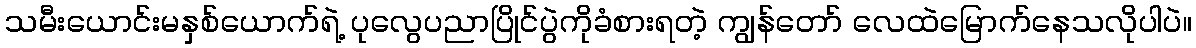
သမီးယောင်းမနှစ်ယောက်ရဲ့ ပုလွေပညာပြိုင်ပွဲကိုခံစားရတဲ့ ကျွန်တော် လေထဲမြောက်နေသလိုပါပဲ။